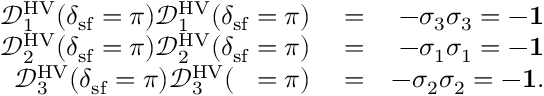
\begin{array} { r l r } { \mathcal { D } _ { 1 } ^ { \mathrm { H V } } ( \delta _ { \mathrm { s f } } = \pi ) \mathcal { D } _ { 1 } ^ { \mathrm { H V } } ( \delta _ { \mathrm { s f } } = \pi ) } & { { } = } & { - \sigma _ { 3 } \sigma _ { 3 } = - { \bf 1 } } \\ { \mathcal { D } _ { 2 } ^ { \mathrm { H V } } ( \delta _ { \mathrm { s f } } = \pi ) \mathcal { D } _ { 2 } ^ { \mathrm { H V } } ( \delta _ { \mathrm { s f } } = \pi ) } & { { } = } & { - \sigma _ { 1 } \sigma _ { 1 } = - { \bf 1 } } \\ { \mathcal { D } _ { 3 } ^ { \mathrm { H V } } ( \delta _ { \mathrm { s f } } = \pi ) \mathcal { D } _ { 3 } ^ { \mathrm { H V } } ( { \it \Delta \phi } = \pi ) } & { { } = } & { - \sigma _ { 2 } \sigma _ { 2 } = - { \bf 1 } . } \end{array}